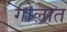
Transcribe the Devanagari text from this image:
गोलात